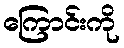
ကြောင်းကို